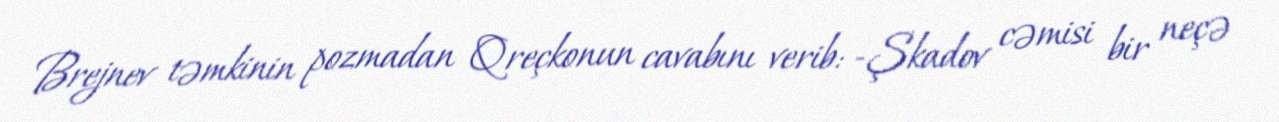
Brejnev təmkinin pozmadan Qreçkonun cavabını verib: -Şkadov cəmisi bir neçə